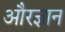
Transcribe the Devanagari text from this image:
औरज्ञान